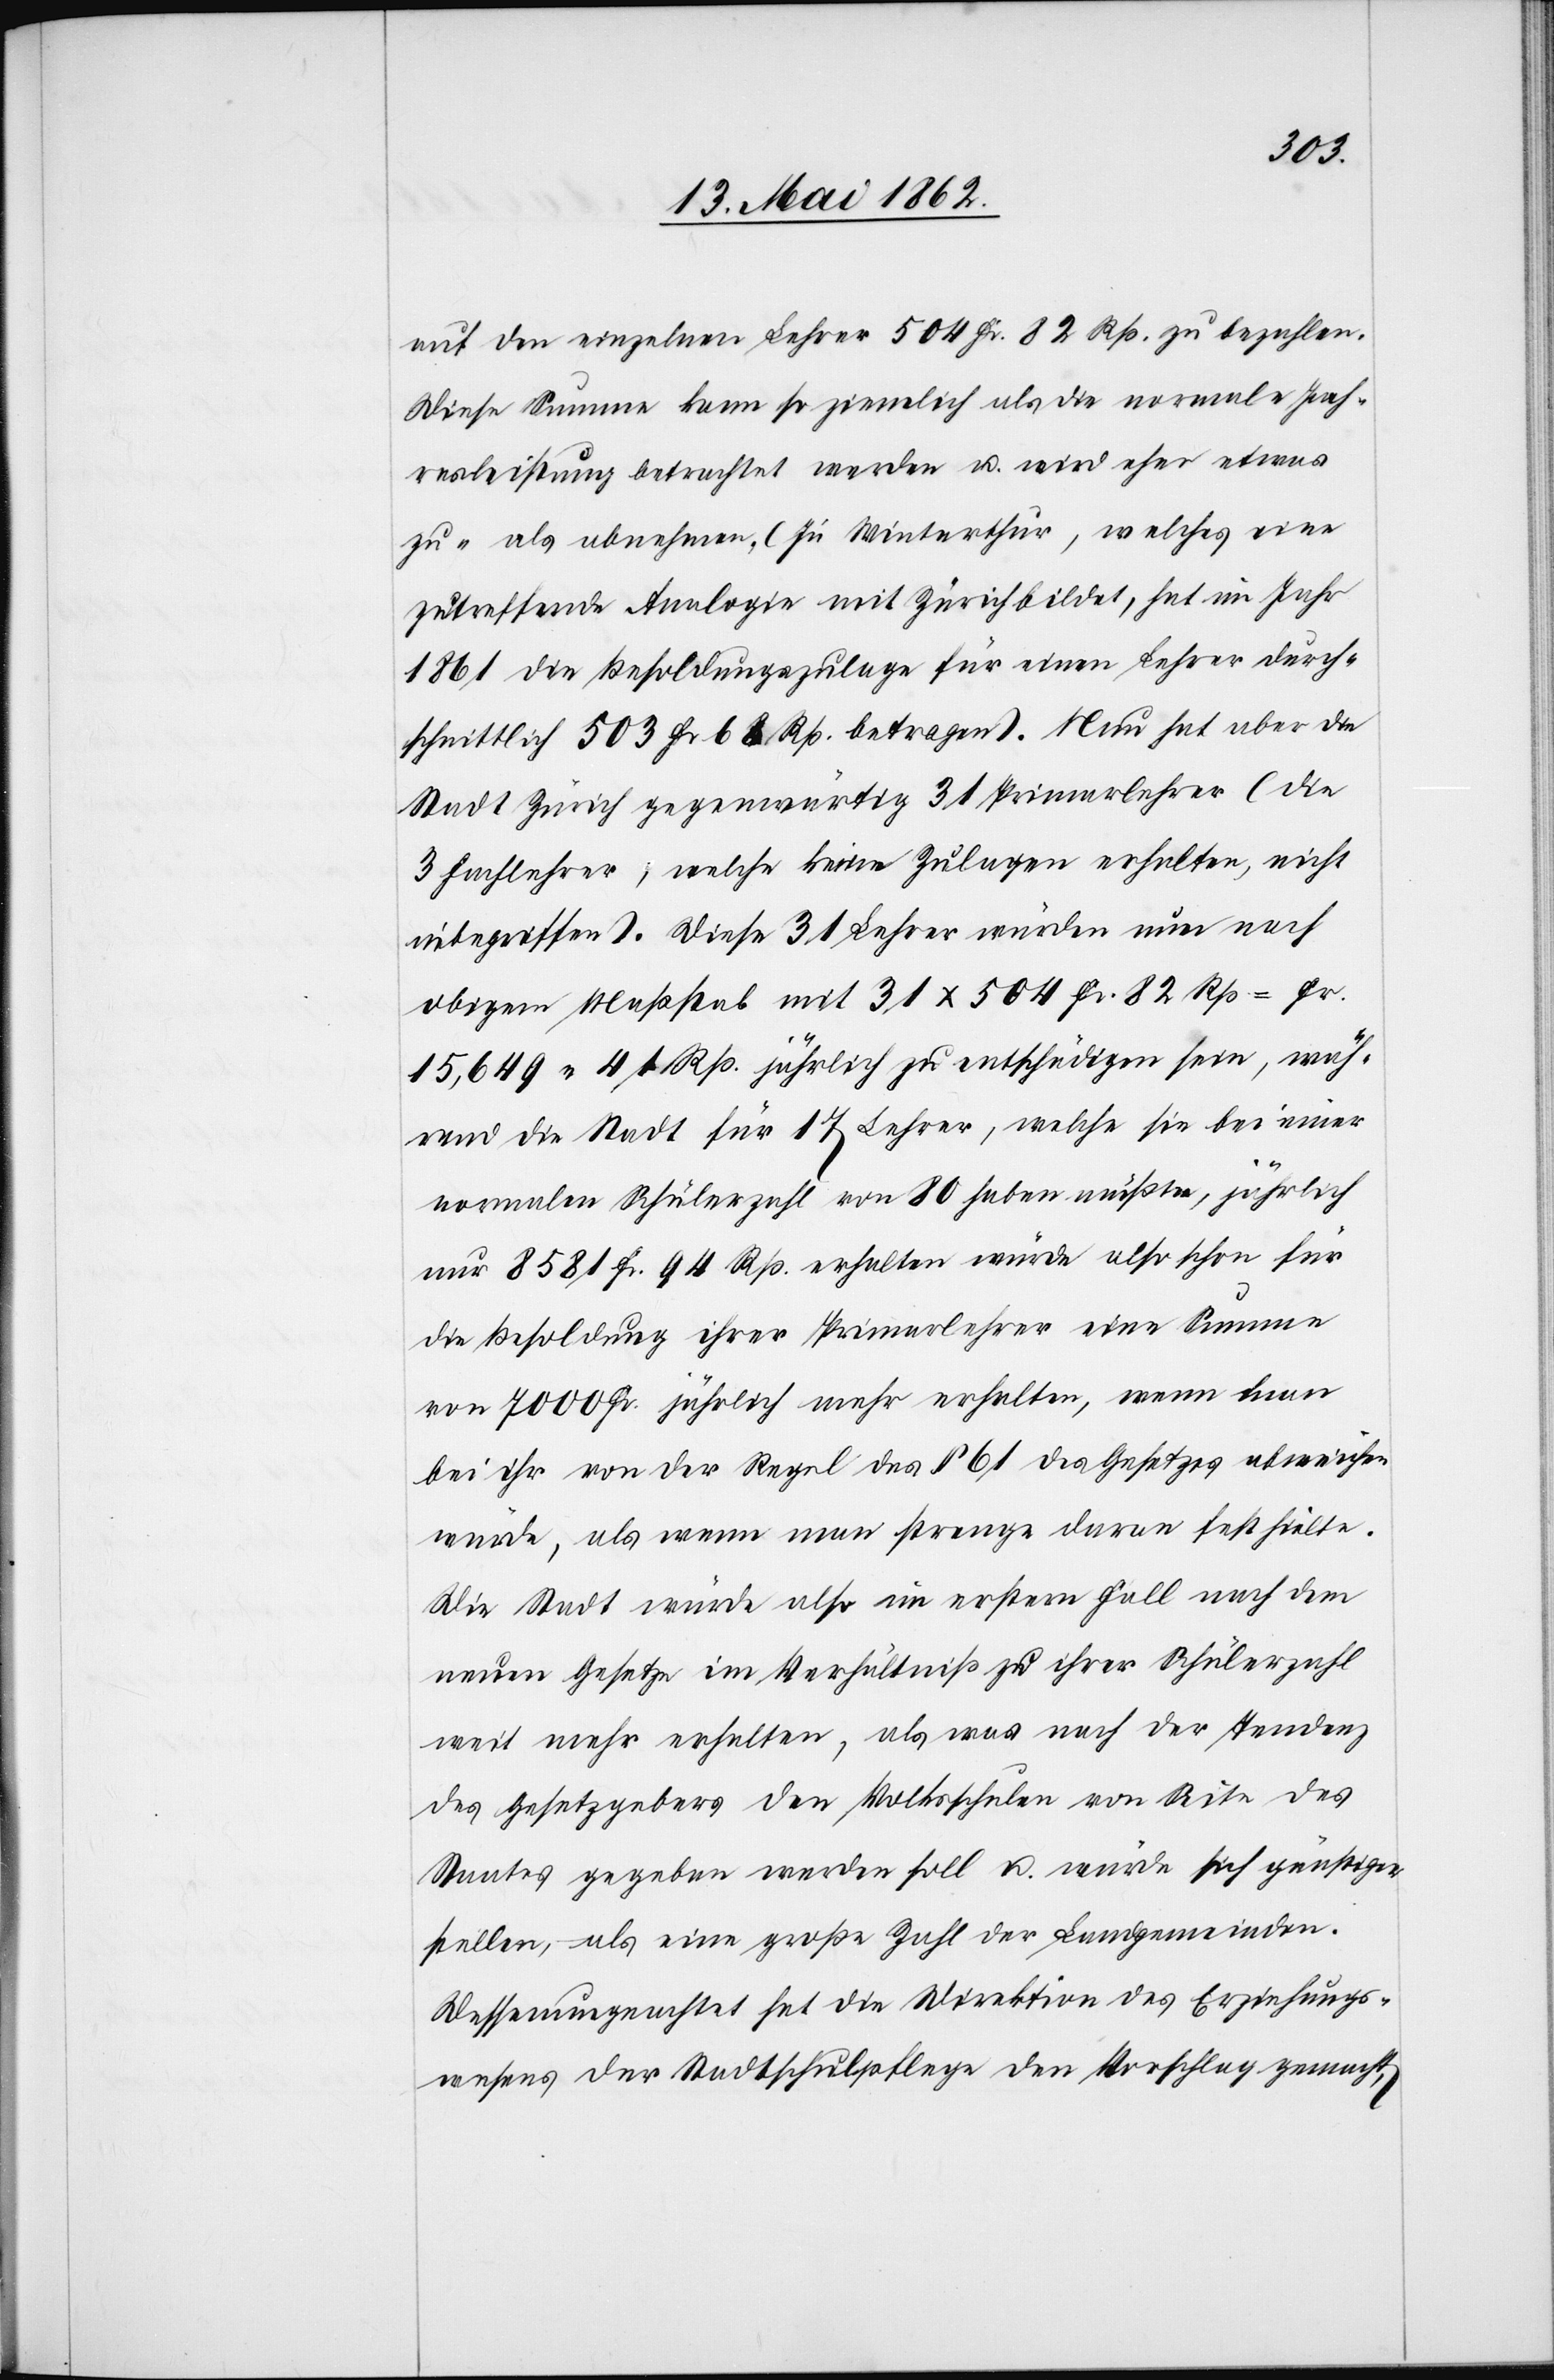
auf den einzelnen Lehrer 504 Fr. 82 Rp. zu bezahlen.
Diese Summe kann so ziemlich als die normale Jah¬
resleistung betrachtet werden u. wird eher etwas
zu- als abnehmen, (In Winterthur, welches eine
zutreffende Analogie mit Zürich bildet, hat im Jahr
1861 die Besoldungszulage für einen Lehrer durch¬
schnittlich 503 Fr. 68 Rp. betragen). Nun hat aber die
Stadt Zürich gegenwärtig 31 Primarlehrer (die
3 Fachlehrer, welche keine Zulagen erhalten, nicht
inbegriffen). Diese 31 Lehrer würden nun nach
obigem Maßstab mit 31x504 Fr. 82 Rp. = Fr.
15,649 41 Rp. jährlich zu entschädigen sein, wäh¬
rend die Stadt für 17 Lehrer, welche sie bei einer
normalen Schülerzahl von 80 heben müßte, jährlich
nur 8581 Fr. 94 Rp. erhalten würde also schon für
die Besoldung ihrer Primarlehrer eine Summe
von 7000 Fr. jährlich mehr erhalten, wenn man
bei ihr von der Regel des § 61 des Gesetzes abweichen
würde, als wenn man strenge daran fest hielte.
Die Stadt würde also im erstern Fall nach dem
neuen Gesetze im Verhältniß zu ihrer Schülerzahl
weit mehr erhalten, als was nach der Tendenz
des Gesetzgebers den Volksschulen von Seite des
Staates gegeben werden soll u. würde sich günstiger
stellen, als eine große Zahl der Landgemeinden.
Dessenungeachtet hat die Direktion des Erziehungs¬
wesens der Stadtschulpflege den Vorschlag gemacht,